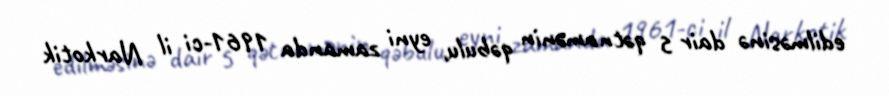
edilməsinə dair 5 qətnamənin qəbulu, eyni zamanda 1961-ci il Narkotik